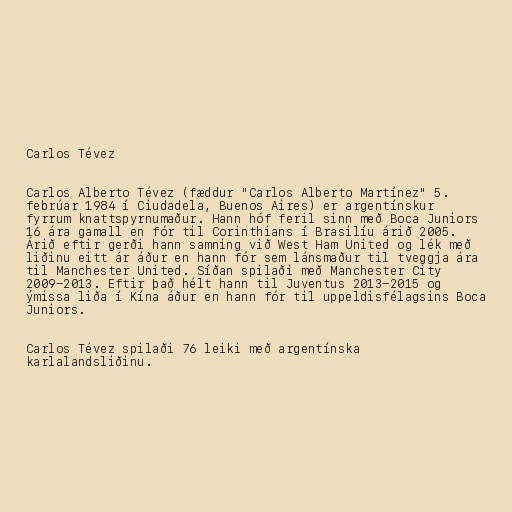
Carlos Tévez

Carlos Alberto Tévez (fæddur "Carlos Alberto Martínez" 5.
febrúar 1984 í Ciudadela, Buenos Aires) er argentínskur
fyrrum knattspyrnumaður. Hann hóf feril sinn með Boca Juniors
16 ára gamall en fór til Corinthians í Brasilíu árið 2005.
Árið eftir gerði hann samning við West Ham United og lék með
liðinu eitt ár áður en hann fór sem lánsmaður til tveggja ára
til Manchester United. Síðan spilaði með Manchester City
2009-2013. Eftir það hélt hann til Juventus 2013-2015 og
ýmissa liða í Kína áður en hann fór til uppeldisfélagsins Boca
Juniors.

Carlos Tévez spilaði 76 leiki með argentínska
karlalandsliðinu.